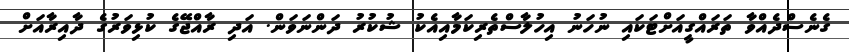
ގެނެސްދެއްވާ ތަރައްގީއަށްޓަކައި ނުހަނު އިހުލާސްތެރިކަމާއިއެކު ޝުކުރު ދަންނަވަން. އަދި ރާއްޖޭގެ ކުޅިވަރުގެ ދާއިރާއަށް